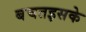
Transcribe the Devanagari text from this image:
बचतइसके